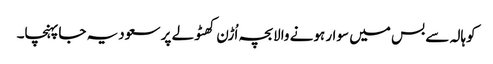
کوہالہ سے بس میں سوار ہونے والابچہ اُڑن کھٹولے پر سعودیہ جاپہنچا۔